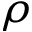
\rho